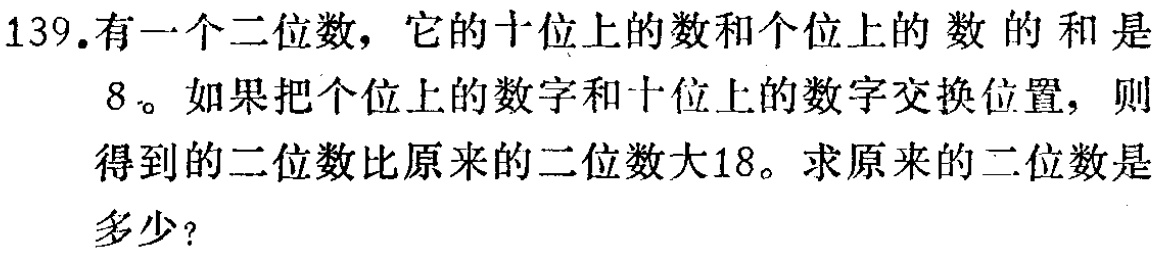
139.有一个二位数，它的十位上的数和个位上的数的和是

8。如果把个位上的数字和十位上的数字交换位置，则

得到的二位数比原来的二位数大18。求原来的二位数是

多少？